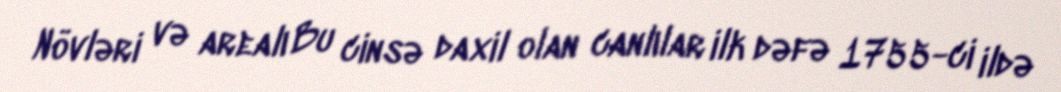
Növləri və arealı Bu cinsə daxil olan canlılar ilk dəfə 1755-ci ildə